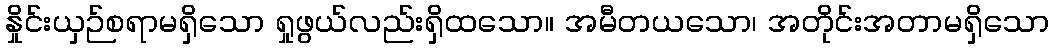
နှိုင်းယှဉ်စရာမရှိသော ရှုဖွယ်လည်းရှိထသော။ အမီတယသော၊ အတိုင်းအတာမရှိသော